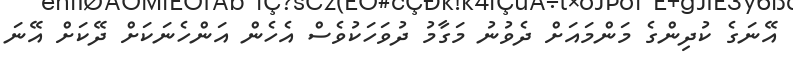
އޭނަގެ ކުދިންގެ މަންމައަށް ދެވުނު މަގާމު ދުވަހަކުވެސް އެހެން އަންހެނަކަށް ދޭކަށް އޭނަ